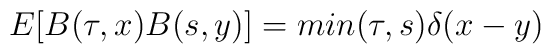
E[B(\tau,x)B(s,y)]=min(\tau,s) \delta(x-y)